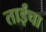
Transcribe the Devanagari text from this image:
ताईंचा